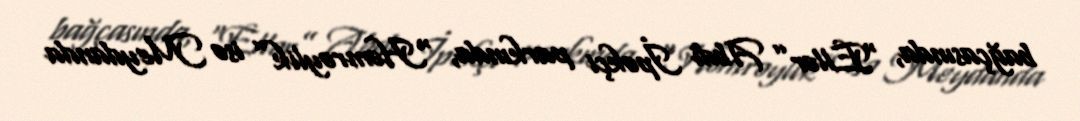
bağçasında, “Ellər” Abdi İpəkçi parkında, “Həmrəylik” isə Meydanda